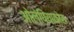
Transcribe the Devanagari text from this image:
ओलंपियाकोस